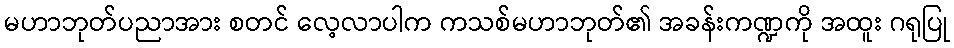
မဟာဘုတ်ပညာအား စတင် လေ့လာပါက ကသစ်မဟာဘုတ်၏ အခန်းကဏ္ဍကို အထူး ဂရုပြု